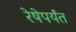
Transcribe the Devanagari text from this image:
रेषेपर्यंत